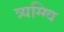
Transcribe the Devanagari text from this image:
त्र्यग्ग्वि